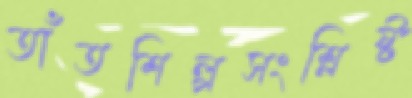
তাঁতশিল্পসংশ্লিষ্ট